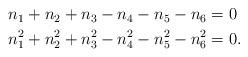
LaTeX: \begin{align*}\begin{aligned}n_{1} + n_2 + n_3 - n_4 - n_5 - n_6 &= 0\\n_{1}^{2} + n_{2}^{2} + n_{3}^{2} - n_{4}^{2} - n_{5}^{2} - n_{6}^{2} &= 0.\end{aligned}\end{align*}